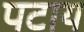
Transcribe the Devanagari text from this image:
पटाय